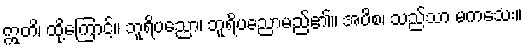
ဣတိ၊ ထို့ကြောင့်။ ဘူရိပညော၊ ဘူရိပညောမည်၏။ အပိစ၊ သည်သာ မကသေး။